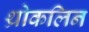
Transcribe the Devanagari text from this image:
थ्रोकलिन